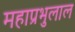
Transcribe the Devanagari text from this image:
महाप्रभुलाल